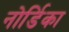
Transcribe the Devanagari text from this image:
नोर्डिका